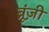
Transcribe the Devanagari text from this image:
ब्रूंज़ी